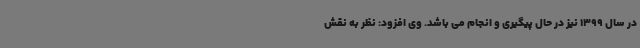
در سال 1399 نیز در حال پیگیری و انجام می باشد. وی افزود: نظر به نقش